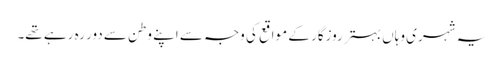
یہ شہری وہاں بہتر روزگار کے مواقع کی وجہ سے اپنے وطن سے دور رہ رہے تھے۔